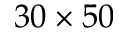
3 0 \times 5 0